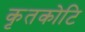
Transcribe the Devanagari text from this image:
कृतकोटि